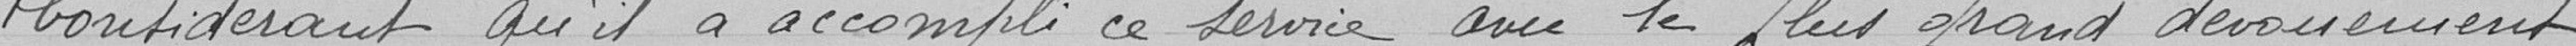
Considérant qu'il a accompli ce service avec le plus grand dévouement